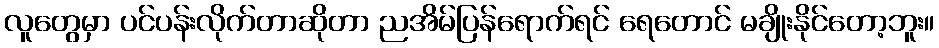
လူတွေမှာ ပင်ပန်းလိုက်တာဆိုတာ ညအိမ်ပြန်ရောက်ရင် ရေတောင် မချိုးနိုင်တော့ဘူး။